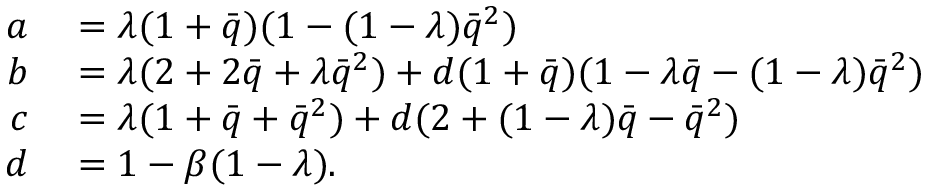
\begin{array} { r l } { a } & { { } = \lambda ( 1 + \bar { q } ) ( 1 - ( 1 - \lambda ) \bar { q } ^ { 2 } ) } \\ { b } & { { } = \lambda ( 2 + 2 \bar { q } + \lambda \bar { q } ^ { 2 } ) + d ( 1 + \bar { q } ) ( 1 - \lambda \bar { q } - ( 1 - \lambda ) \bar { q } ^ { 2 } ) } \\ { c } & { { } = \lambda ( 1 + \bar { q } + \bar { q } ^ { 2 } ) + d ( 2 + ( 1 - \lambda ) \bar { q } - \bar { q } ^ { 2 } ) } \\ { d } & { { } = 1 - \beta ( 1 - \lambda ) . } \end{array}